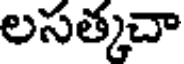
లసత్కచా